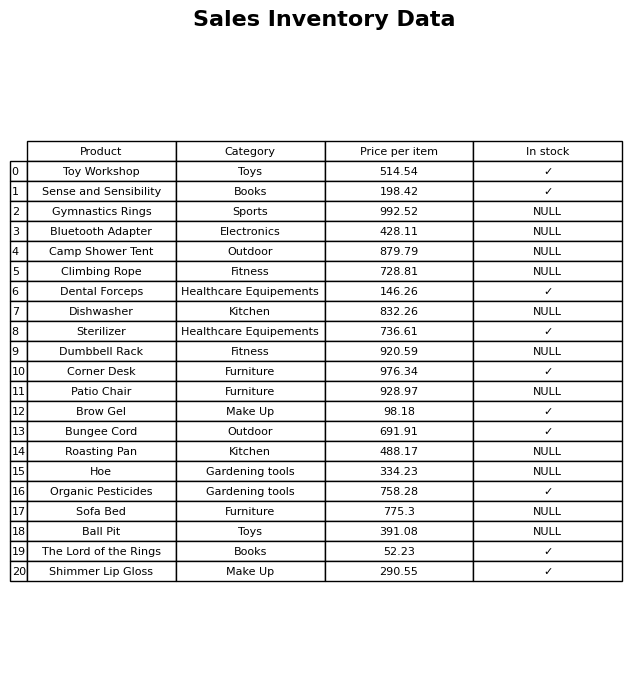
question: What is the stock status of the Bungee Cord?
answer: ✓